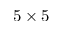
5 \times 5